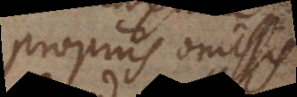
propriis omissis